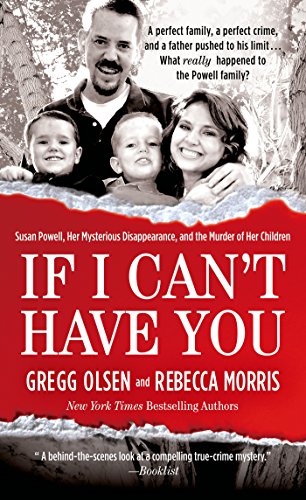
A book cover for If I Can't Have You: Susan Powell, Her Mysterious Disappearance, and the Murder of Her Children; Gregg Olsen; Self-Help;